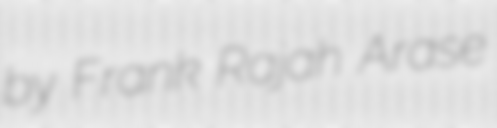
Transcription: by Frank Rajah Arase